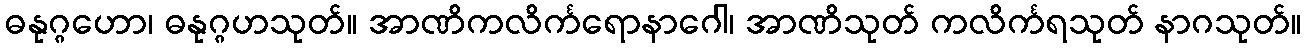
ဓနုဂ္ဂဟော၊ ဓနုဂ္ဂဟသုတ်။ အာဏိကလိင်္ကရောနာဂေါ၊ အာဏိသုတ် ကလိင်္ကရသုတ် နာဂသုတ်။